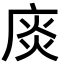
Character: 𢉘